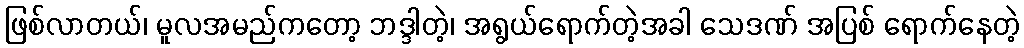
ဖြစ်လာတယ်၊ မူလအမည်ကတော့ ဘဒ္ဒါတဲ့၊ အရွယ်ရောက်တဲ့အခါ သေဒဏ် အပြစ် ရောက်နေတဲ့